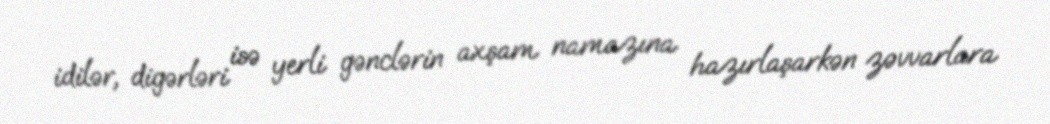
idilər, digərləri isə yerli gənclərin axşam namazına hazırlaşarkən zəvvarlara